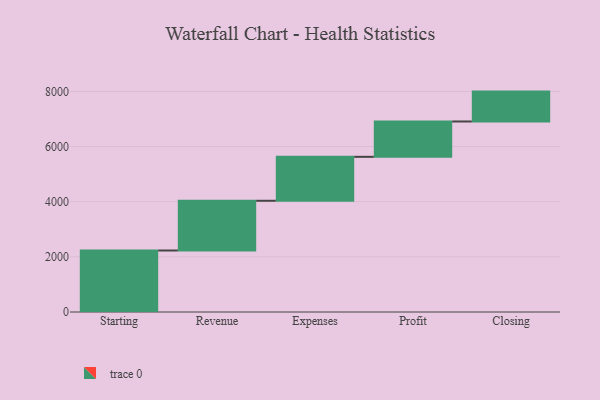
{"axis": {"x": "Step", "y": "Value"}, "legend": [""], "data": [{"x": "Starting", "y": 2231.0, "type": ""}, {"x": "Revenue", "y": 1804.0, "type": ""}, {"x": "Expenses", "y": 1594.0, "type": ""}, {"x": "Profit", "y": 1282.0, "type": ""}, {"x": "Closing", "y": 1084.0, "type": ""}]}